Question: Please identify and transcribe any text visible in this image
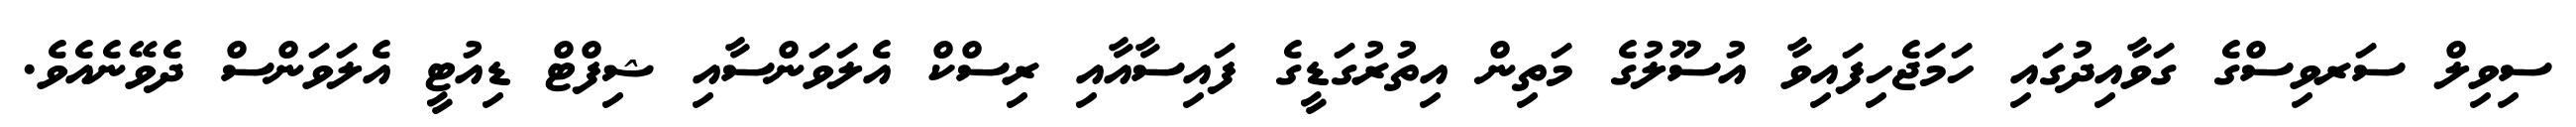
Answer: ސިވިލް ސަރވިސްގެ ގަވާއިދުގައި ހަމަޖެހިފައިވާ އުސޫލުގެ މަތިން އިތުރުގަޑީގެ ފައިސާއާއި ރިސްކް އެލަވަންސާއި ޝިފްޓް ޑިއުޓީ އެލަވަންސް ދެވޭނެއެވެ.